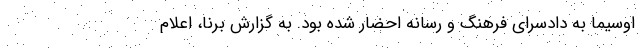
اوسیما به دادسرای فرهنگ و رسانه احضار شده بود. به گزارش برنا، اعلام